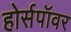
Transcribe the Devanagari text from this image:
होर्सपॉवर